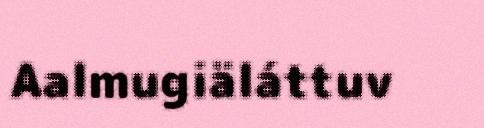
Aalmugiäláttuv